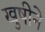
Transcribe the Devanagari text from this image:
खुषीने